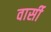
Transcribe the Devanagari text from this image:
वार्सी